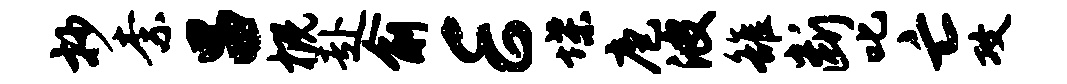
抄柰吕概赴俞E堞庖波雒断叱亡攻